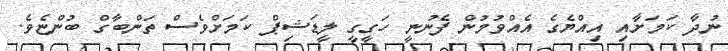
ނުދާ ކަމަށާއި އިއްޔެގެ އެއްވުމުން ފެނުނީ ހަގީގީ ލީޑަޝިޕް ކަމަށްވެސް ތަންބާގް ބުންޏެވެ.